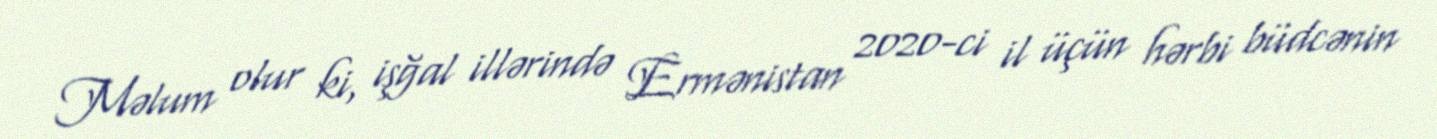
Məlum olur ki, işğal illərində Ermənistan 2020-ci il üçün hərbi büdcənin